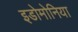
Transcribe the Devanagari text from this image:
इडोमोनिया